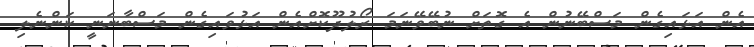
އެން އަޅައިގެން މަސްބޭނުން އެ ގޮތަށް ނުބޭވޭނަމަ ރޯލުދޫކޮށްއެން އަޅުވައިގެން މަސްބާނަނީ ކަންނެލި